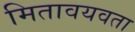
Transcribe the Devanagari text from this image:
मितावयवता